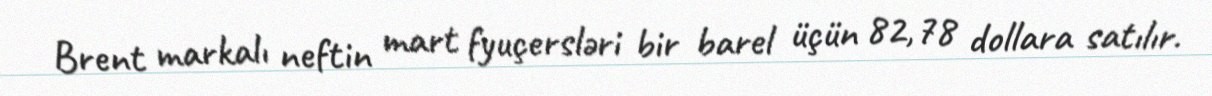
Brent markalı neftin mart fyuçersləri bir barel üçün 82,78 dollara satılır.